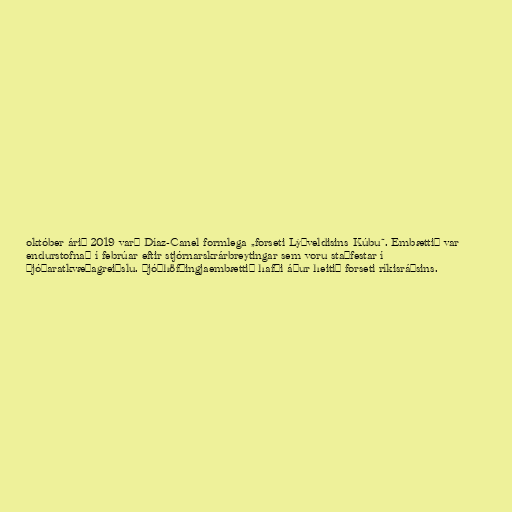
október árið 2019 varð Díaz-Canel formlega „forseti Lýðveldisins Kúbu“. Embættið var
endurstofnað í febrúar eftir stjórnarskrárbreytingar sem voru staðfestar í
þjóðaratkvæðagreiðslu. Þjóðhöfðingjaembættið hafði áður heitið forseti ríkisráðsins.